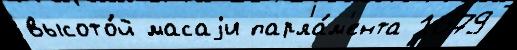
высото́й масаjи парла́м'ента 1679